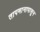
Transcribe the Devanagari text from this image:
तापमानापासून